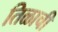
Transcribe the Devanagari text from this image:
तिळाची